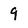
Character: 9